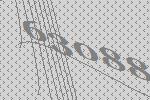
63088